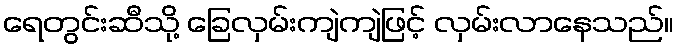
ရေတွင်းဆီသို့ ခြေလှမ်းကျဲကျဲဖြင့် လှမ်းလာနေသည်။